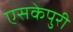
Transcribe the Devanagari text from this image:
एसकेपुरी